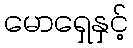
မောရှေနှင့်